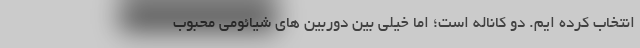
انتخاب کرده ایم. دو کاناله است؛ اما خیلی بین دوربین های شیائومی محبوب